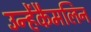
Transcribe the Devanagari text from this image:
उन्हेंकैमलिन